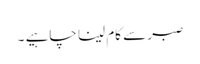
صبر سے کام لینا چاہیے ۔